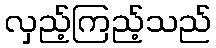
လှည့်ကြည့်သည်